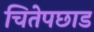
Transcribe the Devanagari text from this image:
चितेपछाड